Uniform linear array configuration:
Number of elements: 4
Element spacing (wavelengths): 0.5
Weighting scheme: kaiser
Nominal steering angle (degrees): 30
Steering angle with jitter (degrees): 31.048
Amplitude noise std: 0.05
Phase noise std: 0.05

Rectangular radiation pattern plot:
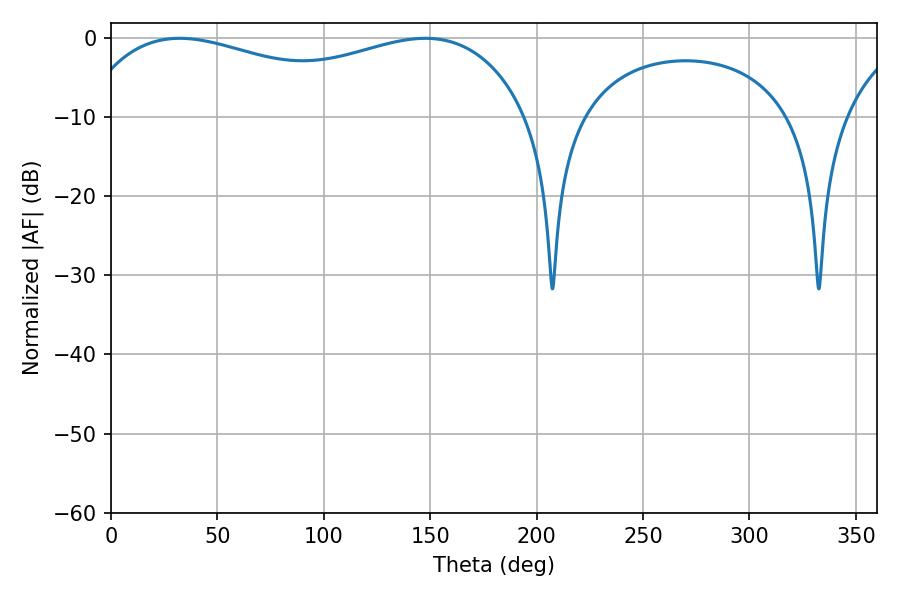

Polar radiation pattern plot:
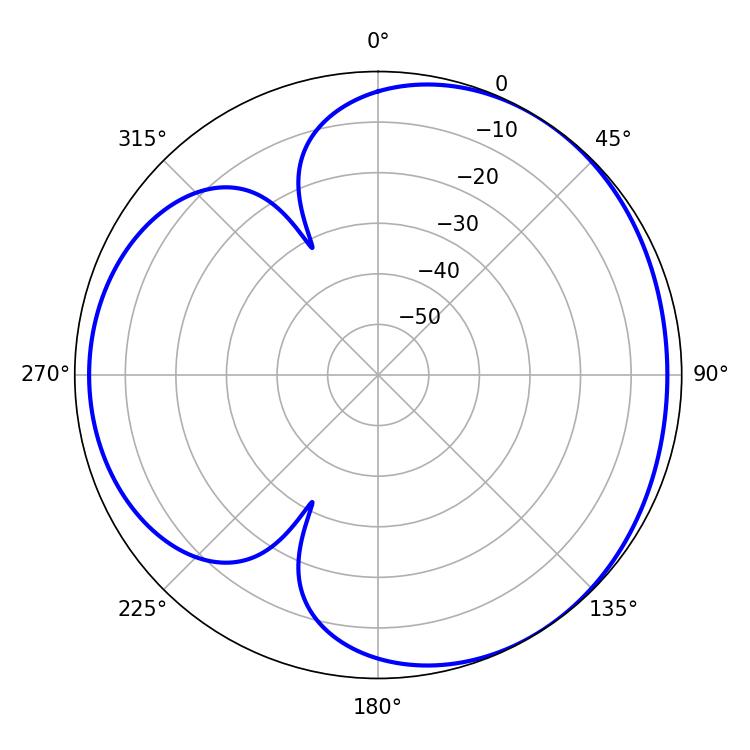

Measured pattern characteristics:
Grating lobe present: FALSE
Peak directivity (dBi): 3.515
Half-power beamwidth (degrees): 172.8
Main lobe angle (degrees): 32.22